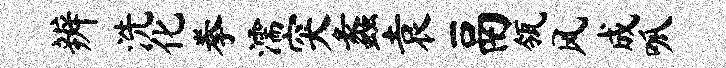
辨洗化拳濡突蠡袁鬲瓴风成呱